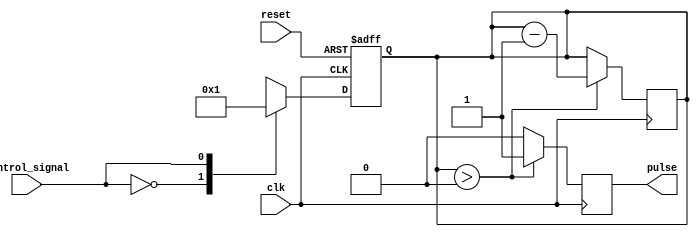
module pulse_width_generator(
    input clk,
    input reset,
    input control_signal,
    output reg pulse);

reg [7:0] pulse_width;

always @(posedge clk or posedge reset) begin
    if (reset) begin
        pulse_width <= 8'b00000000;
    end else begin
        case (control_signal)
            4'b0000: pulse_width <= 8'b00000000;
            4'b0001: pulse_width <= 8'b00000001;
            4'b0010: pulse_width <= 8'b00000010;
            4'b0011: pulse_width <= 8'b00000011;
            // Add more cases for different control signal values as needed
            default: pulse_width <= 8'b00000000;
        endcase
    end
end

always @(posedge clk) begin
    if (pulse_width > 0) begin
        pulse <= 1;
        pulse_width <= pulse_width - 1;
    end else begin
        pulse <= 0;
    end
end

endmodule